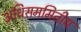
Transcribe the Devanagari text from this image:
अधिसममितीय